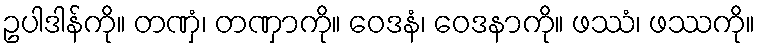
ဥပါဒါန်ကို။ တဏှံ၊ တဏှာကို။ ဝေဒနံ၊ ဝေဒနာကို။ ဖဿံ၊ ဖဿကို။